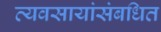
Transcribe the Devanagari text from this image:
व्यवसायांसंबधित